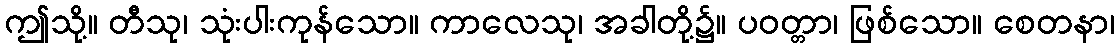
ဤသို့။ တီသု၊ သုံးပါးကုန်သော။ ကာလေသု၊ အခါတို့၌။ ပဝတ္တာ၊ ဖြစ်သော။ စေတနာ၊